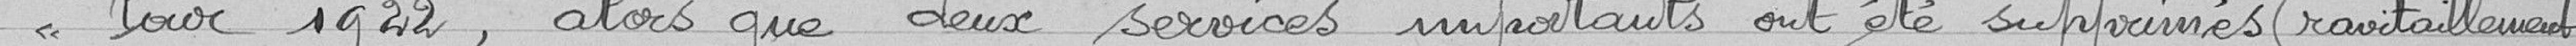
Pour 1922, alors que deux services importants ont été supprimés (ravitaillement